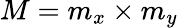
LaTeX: M=m_{x}\times m_{y}